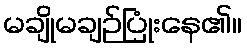
မချိုမချဉ်ပြုံးနေ၏။